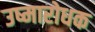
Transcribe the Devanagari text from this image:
उष्मारोधक